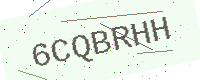
Text: 6CQBRHH